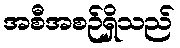
အစီအစဉ်ရှိသည်